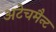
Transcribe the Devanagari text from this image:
अटेचमैन्ट